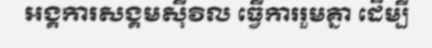
អង្គការសង្គមស៊ីវិល ធ្វើការរួមគ្នា ដើម្បី